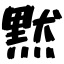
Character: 黙